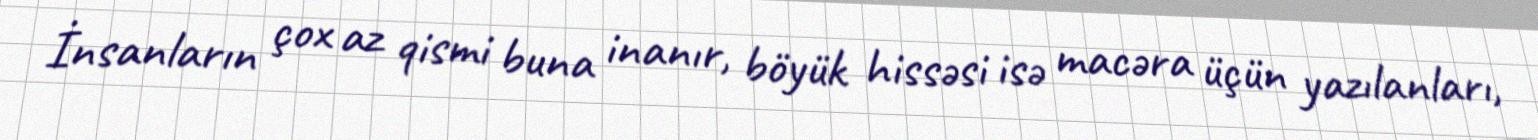
İnsanların çox az qismi buna inanır, böyük hissəsi isə macəra üçün yazılanları,